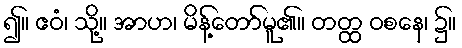
၍။ ဧဝံ၊ သို့။ အာဟ၊ မိန့်တော်မူ၏။ တတ္ထ ဝစနေ၊ ၌။